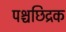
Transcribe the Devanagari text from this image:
पश्चछिद्रक